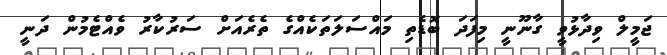
ޖަމީލް ވިދާޅުވީ ގާނޫނީ މިފަދަ ބޮޑެތި މައްސަލަތަކެއްގެ ތެރެއަށް ސަރުކާރު ވެއްޓެމުން ދަނީ